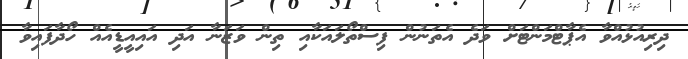
ދިރިއުޅުއްވާ އެޕާޓްމަންޓަށް ވަދެ އެތަނުން ފިސްތޯލައަކާއި ތިން ވަޒަނާ އަދި އައިއީޑީއެއް ހޯދާފައިވާ